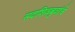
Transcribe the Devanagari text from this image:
सदाशिवबुवांचे